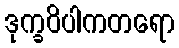
ဒုက္ခဝိပါကတရော